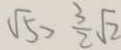
\sqrt { 5 } > \frac { 3 } { 2 } \sqrt { 2 }